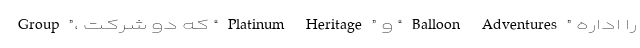
Group”، که دو شرکت “Platinum Heritage” و “Balloon Adventures” را اداره